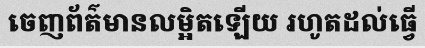
ចេញព័ត៌មានលម្អិតឡើយ រហូតដល់ធ្វើ